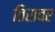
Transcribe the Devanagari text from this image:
तिरावर